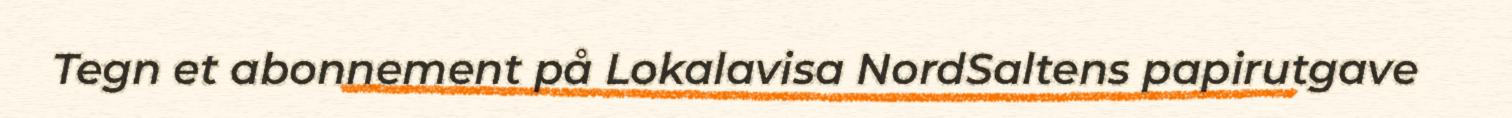
Tegn et abonnement på Lokalavisa NordSaltens papirutgave